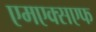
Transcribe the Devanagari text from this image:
एमएक्सएफ